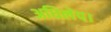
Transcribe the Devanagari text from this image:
अधिलेप।